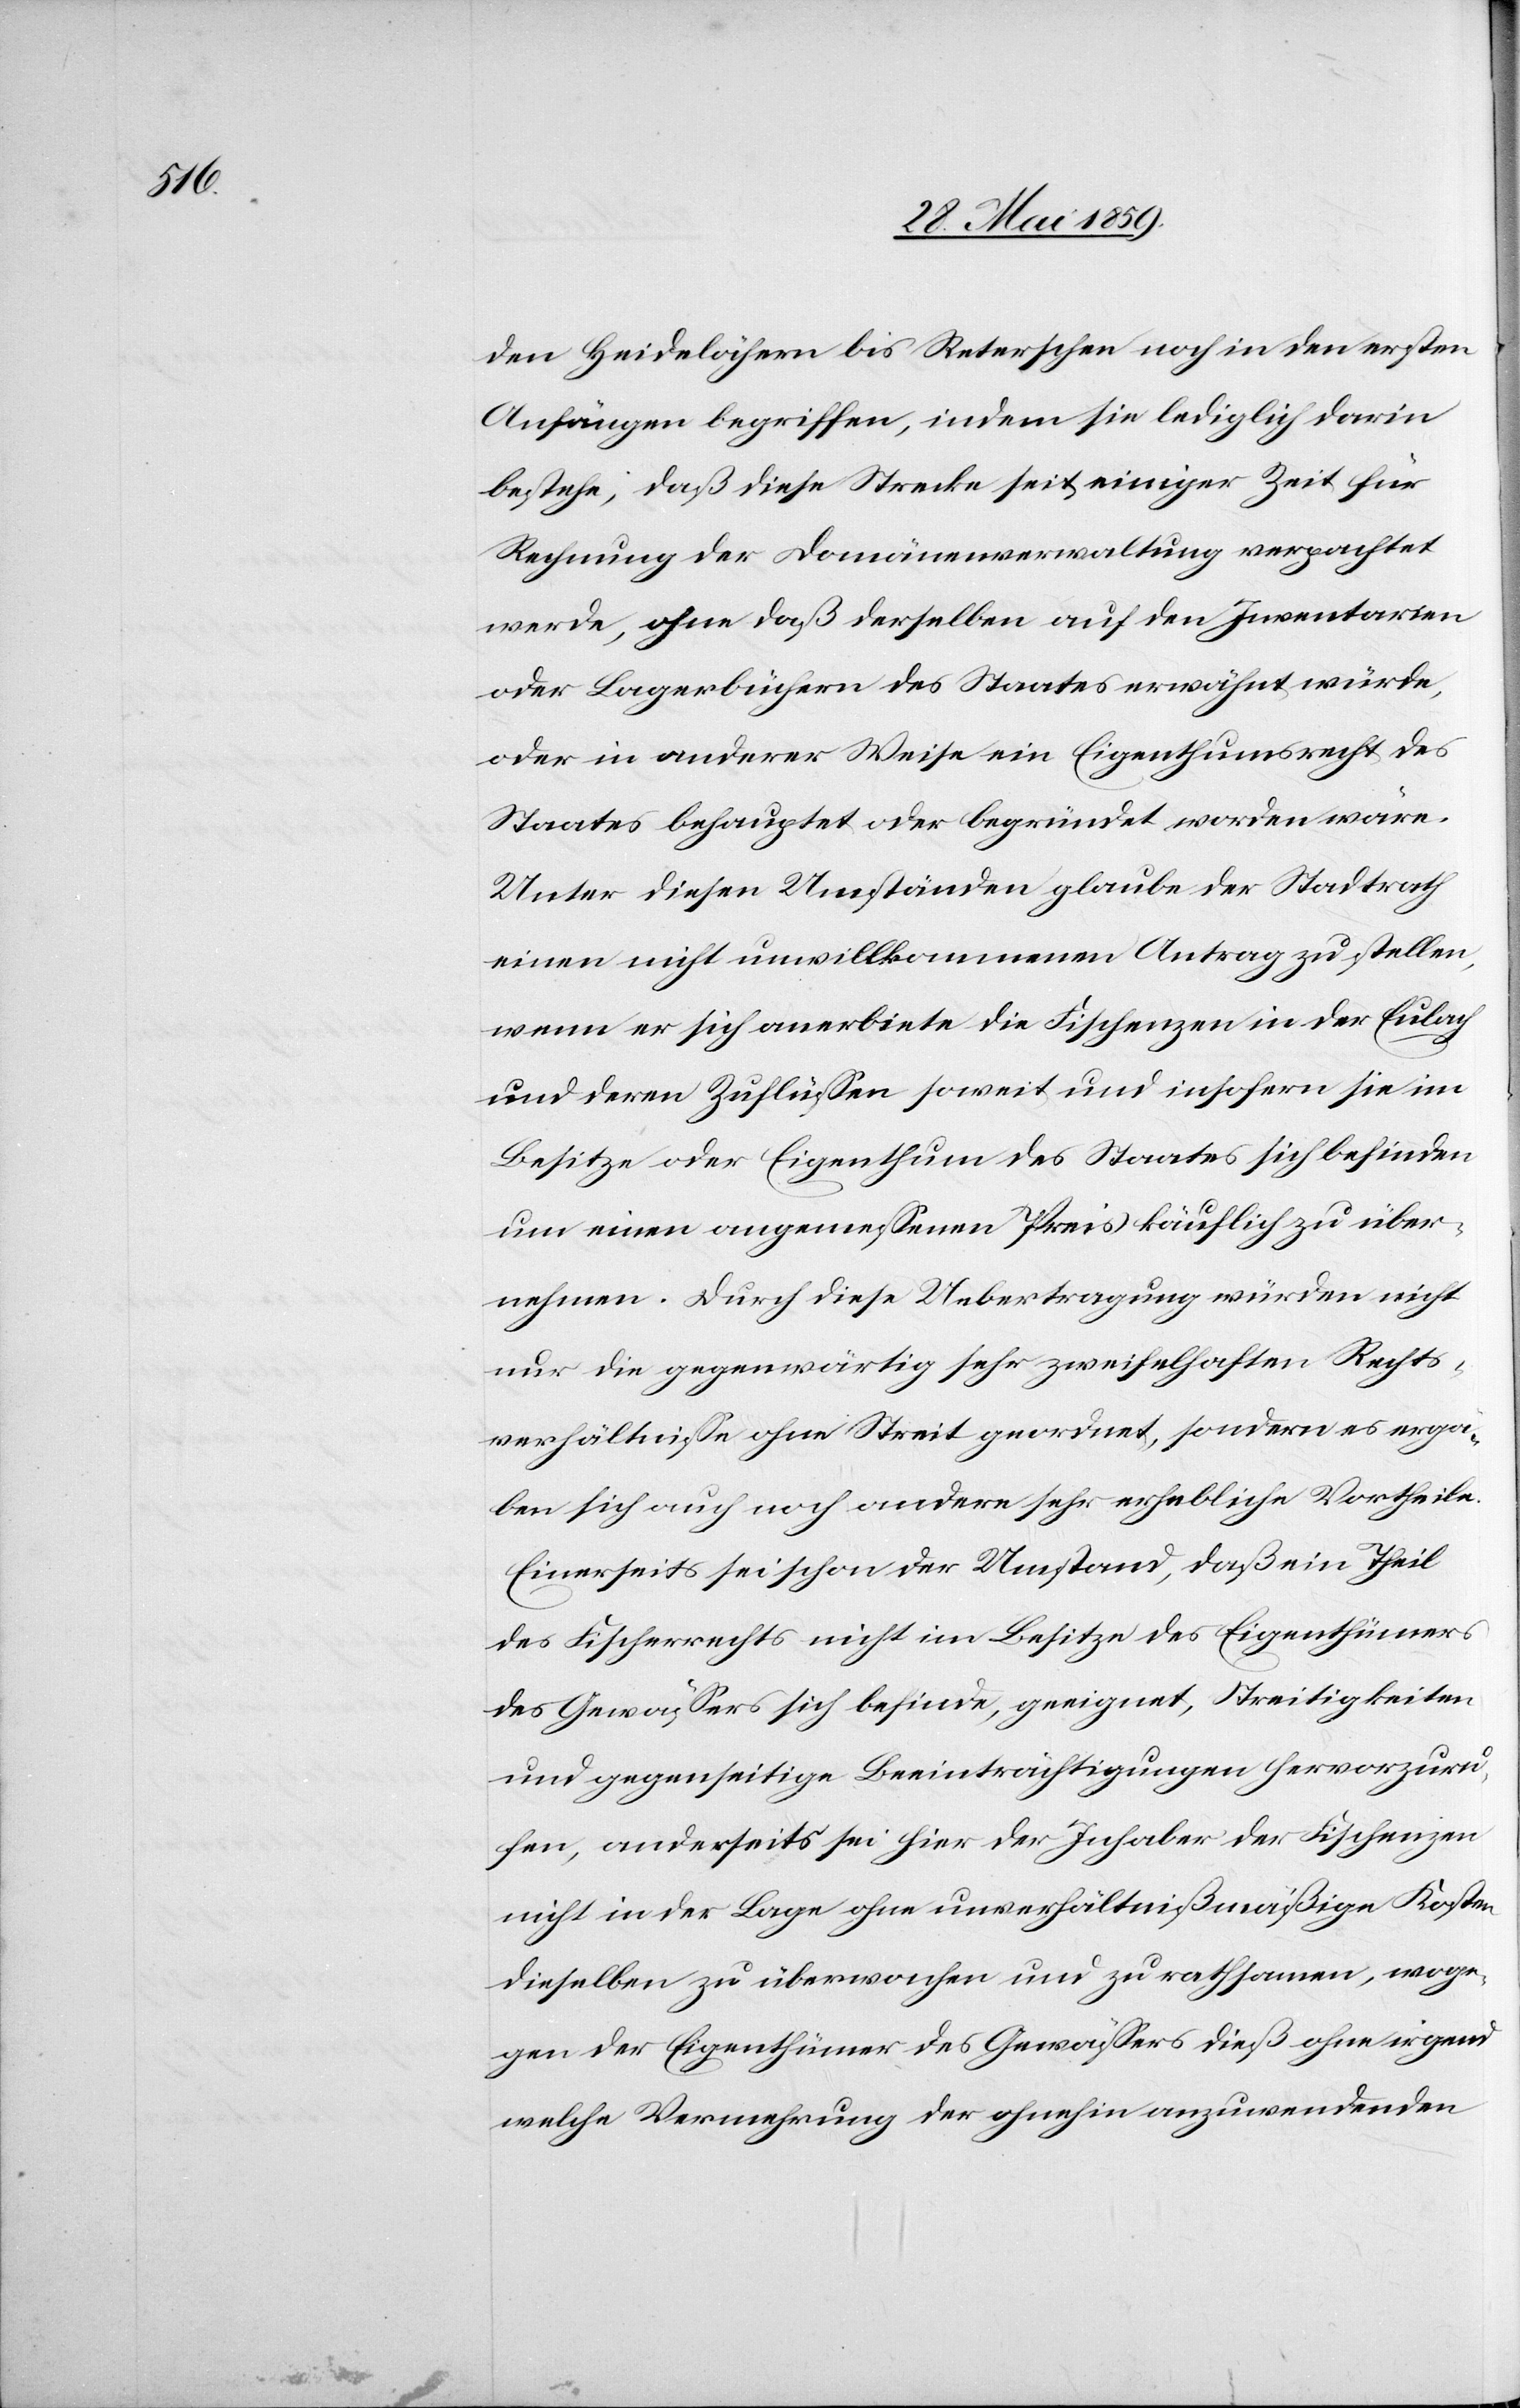
den Heidelöchern bis Reterschen noch in den ersten
Anfängen begriffen, indem sie lediglich darin
bestehe; daß diese Strecke seit einiger Zeit für
Rechnung der Domänenverwaltung verpachtet
werde, ohne daß derselben auf den Inventarien
oder Lagerbüchern des Staates erwähnt würde,
oder in anderer Weise ein Eigenthumsrecht des
Staates behauptet oder begründet worden wäre.
Unter diesen Umständen glaube der Stadtrath
einen nicht unwillkommenen Antrag zu stellen,
wenn er sich anerbiete die Fischenzen in der Eulach
und deren Zuflüssen soweit und insofern sie im
Besitze oder Eigenthum des Staates sich befinden
um einen angemessenen Preis käuflich zu über¬
nehmen. Durch diese Uebertragung würden nicht
nur die gegenwärtig sehr zweifelhaften Rechts¬
verhältnisse ohne Streit geordnet, sondern es ergä¬
ben sich auch noch andere sehr erhebliche Vortheile.
Einerseits sei schon der Umstand, daß ein Theil
des Fischerrechts nicht in Besitze des Eigenthümers
des Gewässers sich befinde, geeignet, Streitigkeiten
und gegenseitige Beeinträchtigungen hervorzuru¬
fen, andererseits sei ihr der Inhaber der Fischenzen
nicht in der Lage ohne unverhältnißmäßige Kosten
dieselben zu überwachen und zu rathsamen, woge¬
gen der Eigenthümer des Gewässers dieß ohne irgend
welche Vermehrung der ohnehin anzuwendenden